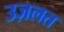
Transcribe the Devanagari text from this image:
उज़लत